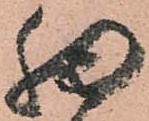
細